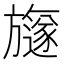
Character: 旞